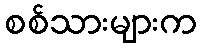
စစ်သားများက